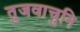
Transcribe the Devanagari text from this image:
तुजवाचुनि